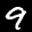
Digit: 9